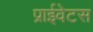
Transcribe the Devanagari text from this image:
प्राईवेटस